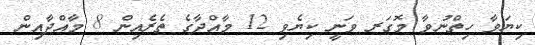
ކިޔަވާ ހިތްނުވާ މޮގަރ ވަނީ ކިޔެވި 12 މާއްދާގެ ތެރެއިން 8 މާއްދާއިން